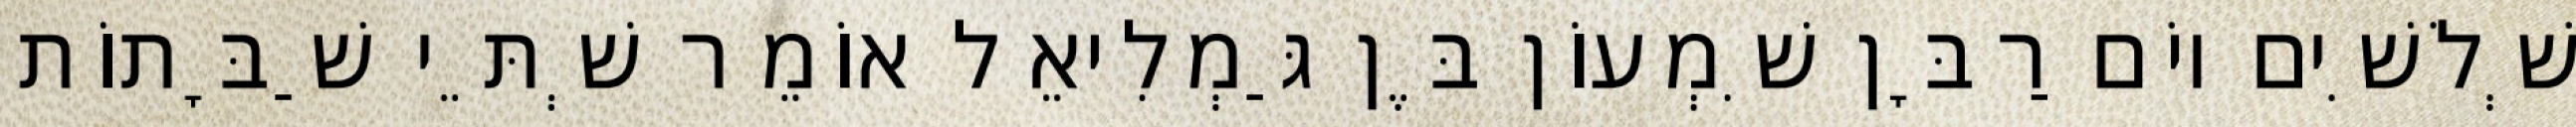
שְׁלֹשִׁים יוֹם רַבָּן שִׁמְעוֹן בֶּן גַּמְלִיאֵל אוֹמֵר שְׁתֵּי שַׁבָּתוֹת